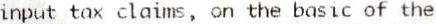
INPUT TAX CLAIMS, ON THE BASIC OF THE